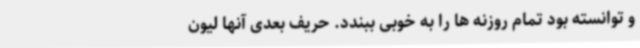
و توانسته بود تمام روزنه ها را به خوبی ببندد. حریف بعدی آنها لیون